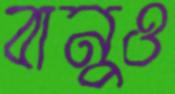
বানুও